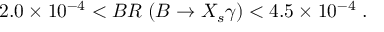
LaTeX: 2 . 0 \times 1 0 ^ { - 4 } < B R \; ( B \rightarrow X _ { s } \gamma ) < 4 . 5 \times 1 0 ^ { - 4 } \; .